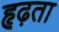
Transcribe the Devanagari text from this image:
हृढ़ता